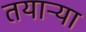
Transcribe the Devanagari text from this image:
तयाऱ्या